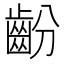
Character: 𱌜